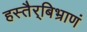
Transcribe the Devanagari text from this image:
हस्तैर्‌बिभ्राणं